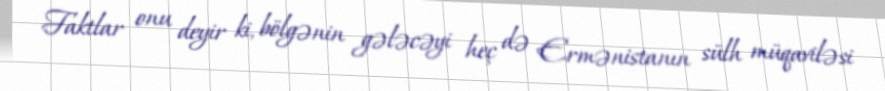
Faktlar onu deyir ki, bölgənin gələcəyi heç də Ermənistanın sülh müqaviləsi